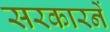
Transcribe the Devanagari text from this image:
सरकारनें